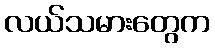
လယ်သမားတွေက